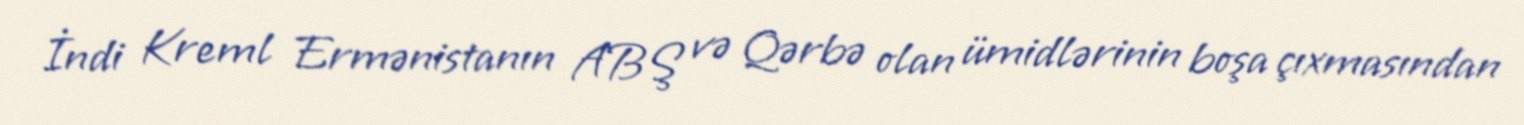
İndi Kreml Ermənistanın ABŞ və Qərbə olan ümidlərinin boşa çıxmasından